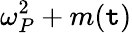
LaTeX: \omega_{P}^{2}+m(\mathtt{t})